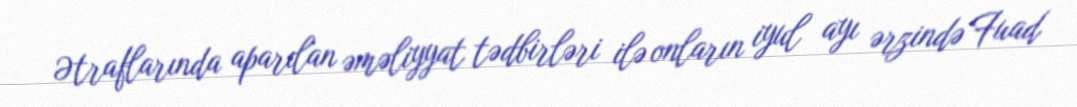
Ətraflarında aparılan əməliyyat tədbirləri ilə onların iyul ayı ərzində Fuad